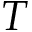
T